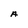
Character: A